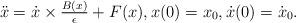
LaTeX: \begin{align*}\begin{array}[c]{ll}\ddot{x}=\dot{x} \times \frac{B(x)}{\epsilon} +F(x), x(0)=x_0,\dot{x}(0)=\dot{x}_0.\end{array}\end{align*}